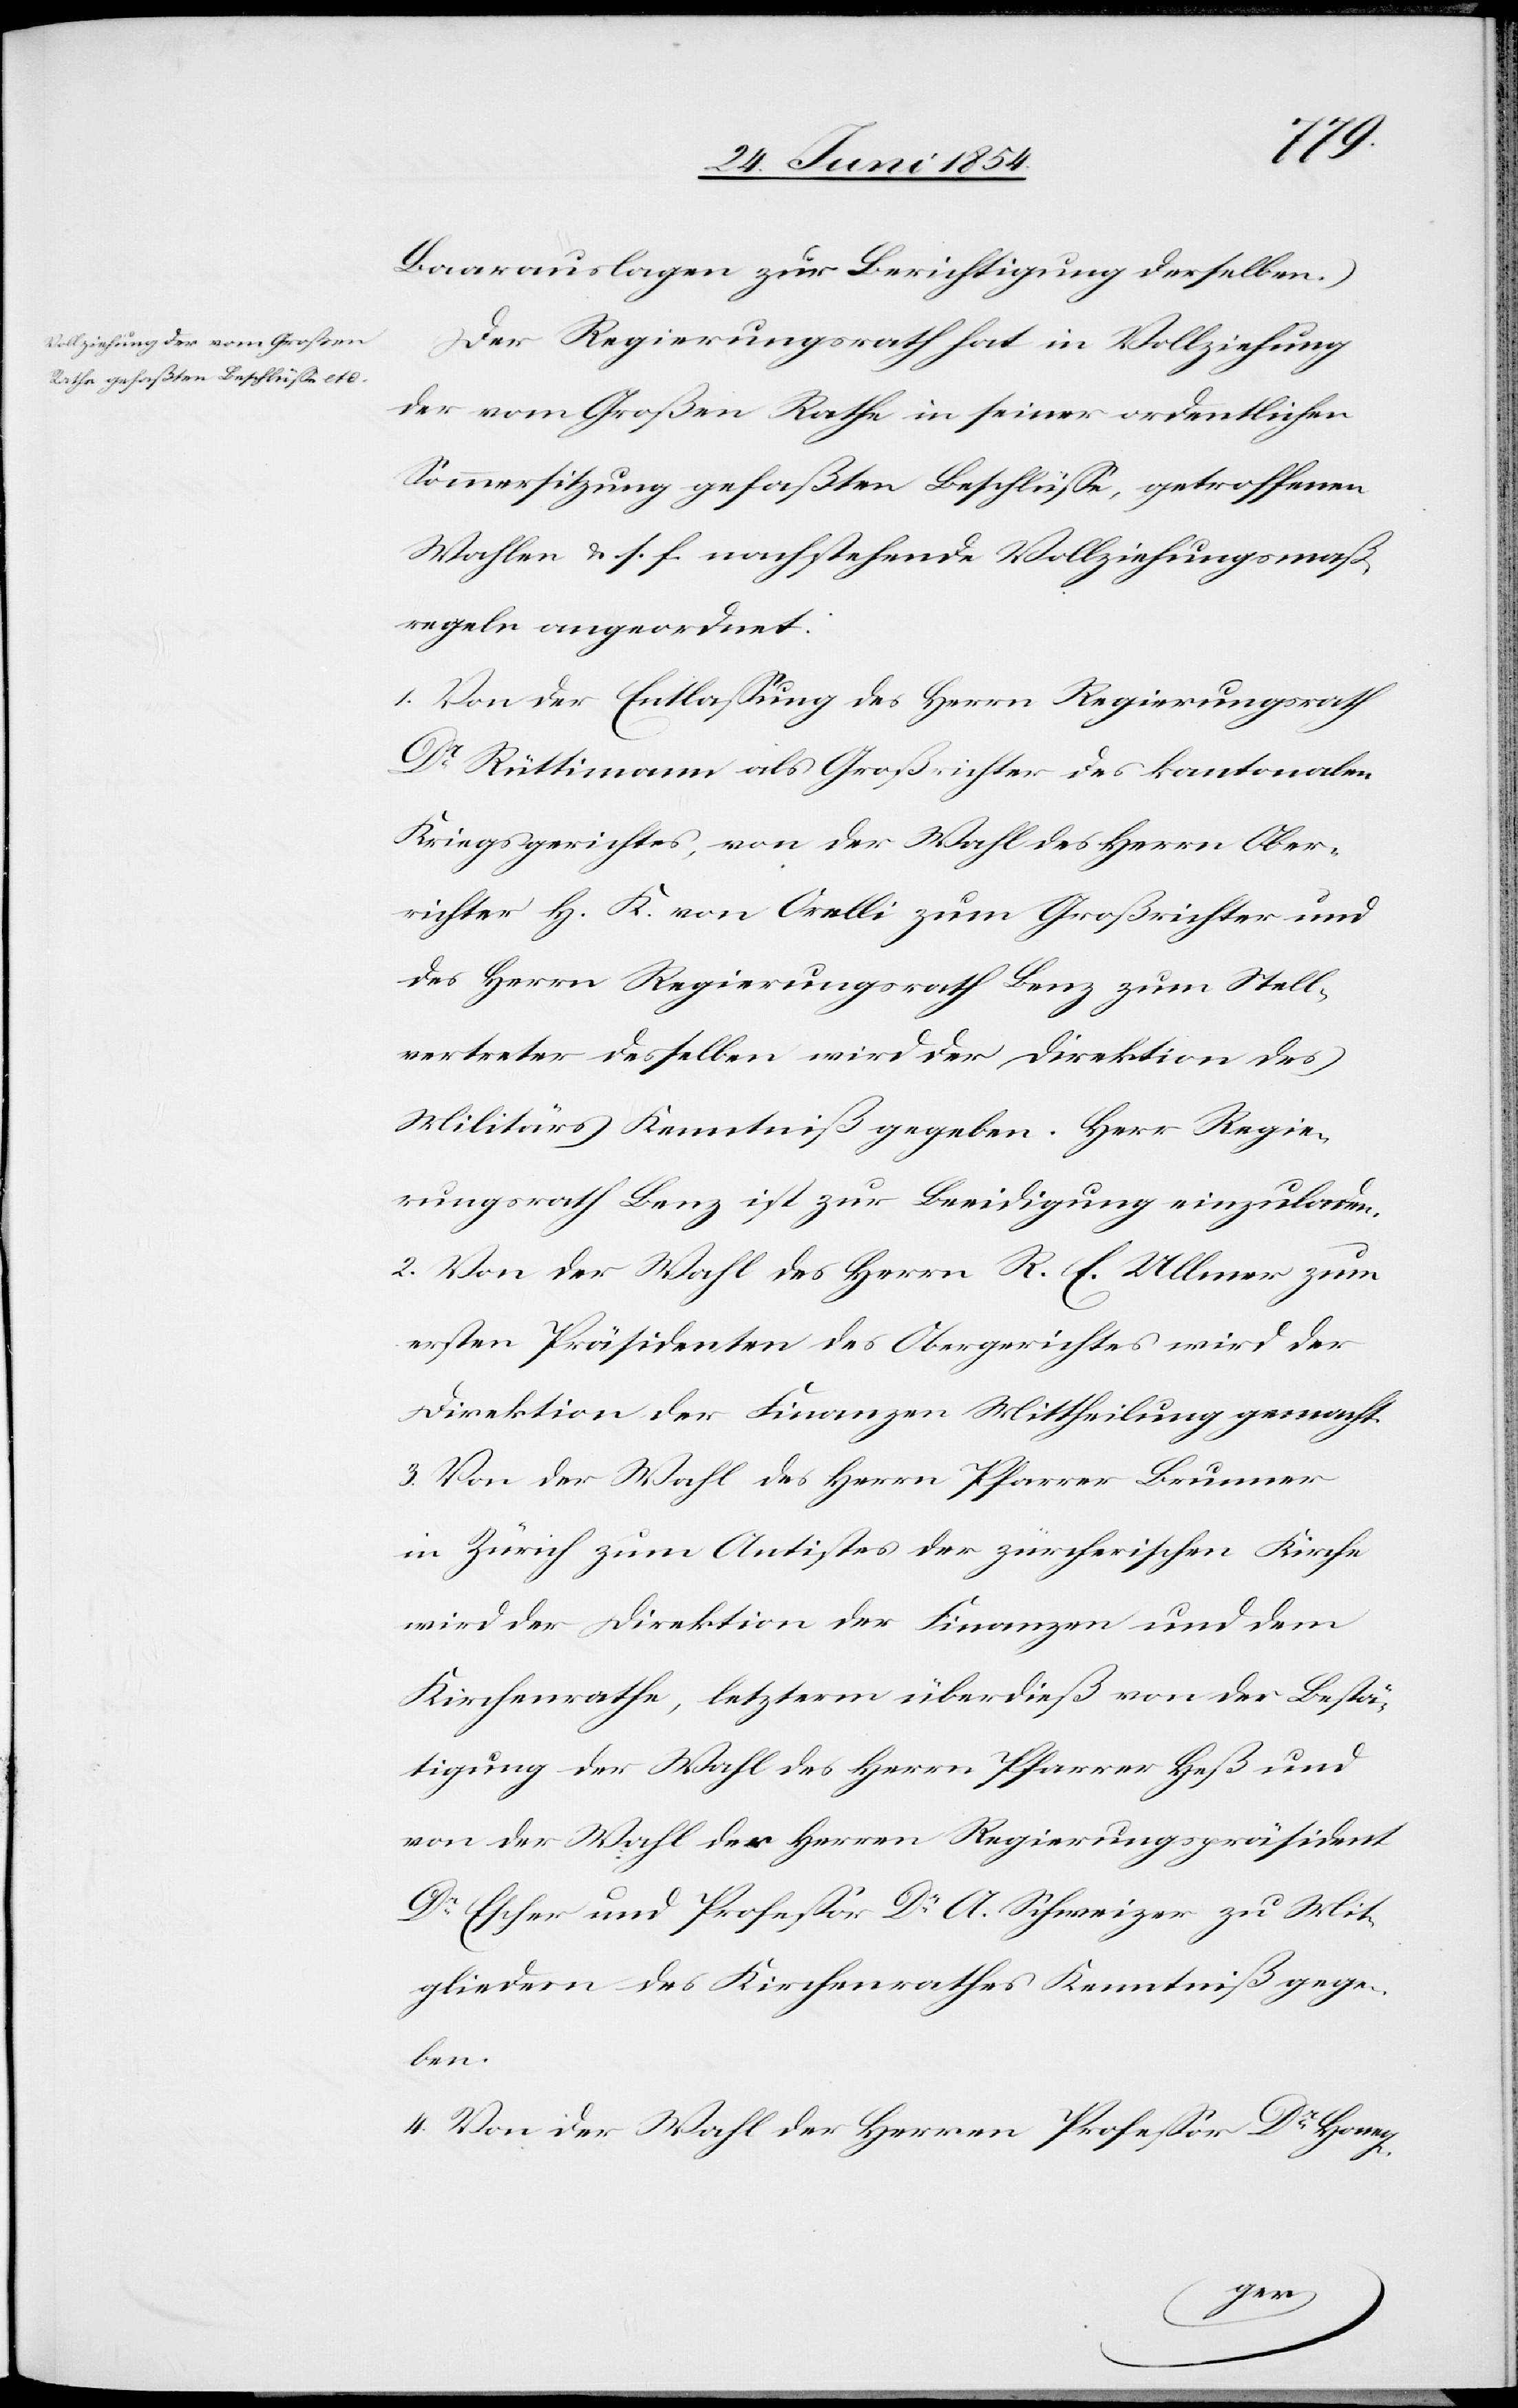
Baarauslagen zur Berichtigung derselben.)